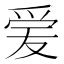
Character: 𬋪